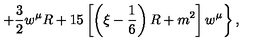
\left. + \frac 3 2 w ^ { \mu } R + 1 5 \left[ \left( \xi - \frac 1 6 \right) R + m ^ { 2 } \right] w ^ { \mu } \right\} ,